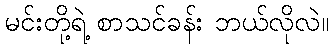
မင်းတို့ရဲ့ စာသင်ခန်း ဘယ်လိုလဲ။